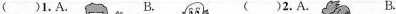
( )1. A. B. ( )2. A. B.